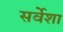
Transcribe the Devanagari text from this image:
सर्वेशा